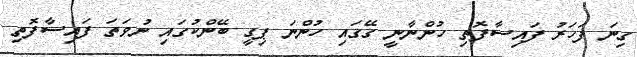
ގިނަ ފަހަރު ފައިސާފޮތި ހުންނާނީ ގޭގައި ހުންނަ ޕިގީ ބޭންކުގައި ނުވަތަ ފައިސާފޮތި